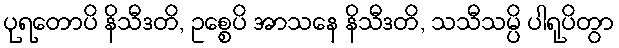
ပုရတောပိ နိသီဒတိ, ဥစ္စေပိ အာသနေ နိသီဒတိ, သသီသမ္ပိ ပါရုပိတွာ